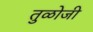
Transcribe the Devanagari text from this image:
तुळोजी